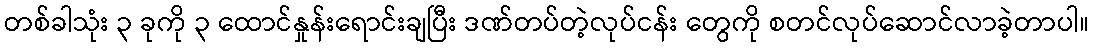
တစ်ခါသုံး ၃ ခုကို ၃ ထောင်နှုန်းရောင်းချပြီး ဒဏ်တပ်တဲ့လုပ်ငန်း တွေကို စတင်လုပ်ဆောင်လာခဲ့တာပါ။